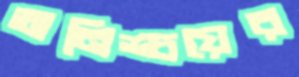
অনিশ্চয়ের